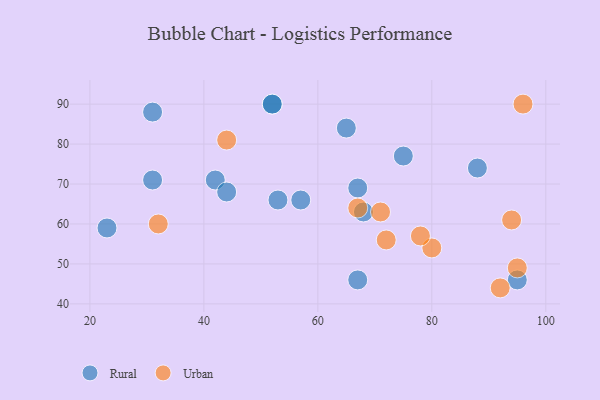
{"axis": {"x": "GDP", "y": "Life Expectancy"}, "legend": ["Rural", "Urban"], "data": [{"x": "57", "y": 66, "type": "Rural"}, {"x": "95", "y": 46, "type": "Rural"}, {"x": "31", "y": 88, "type": "Rural"}, {"x": "23", "y": 59, "type": "Rural"}, {"x": "75", "y": 77, "type": "Rural"}, {"x": "31", "y": 71, "type": "Rural"}, {"x": "67", "y": 46, "type": "Rural"}, {"x": "67", "y": 69, "type": "Rural"}, {"x": "68", "y": 63, "type": "Rural"}, {"x": "42", "y": 71, "type": "Rural"}, {"x": "88", "y": 74, "type": "Rural"}, {"x": "53", "y": 66, "type": "Rural"}, {"x": "44", "y": 68, "type": "Rural"}, {"x": "65", "y": 84, "type": "Rural"}, {"x": "52", "y": 90, "type": "Rural"}, {"x": "52", "y": 90, "type": "Rural"}, {"x": "71", "y": 63, "type": "Urban"}, {"x": "44", "y": 81, "type": "Urban"}, {"x": "72", "y": 56, "type": "Urban"}, {"x": "95", "y": 49, "type": "Urban"}, {"x": "80", "y": 54, "type": "Urban"}, {"x": "78", "y": 57, "type": "Urban"}, {"x": "32", "y": 60, "type": "Urban"}, {"x": "96", "y": 90, "type": "Urban"}, {"x": "94", "y": 61, "type": "Urban"}, {"x": "67", "y": 64, "type": "Urban"}, {"x": "92", "y": 44, "type": "Urban"}]}